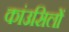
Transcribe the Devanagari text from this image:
कांउसिलों